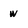
Character: w